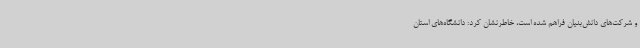
و شرکت‌های دانش‌بنیان فراهم شده است، خاطرنشان کرد: دانشگاه‌های استان